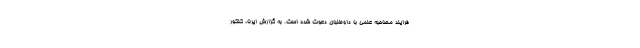
فرایند مصاحبه علمی با داوطلبان دعوت شده است. به گزارش ایرنا، کنکور